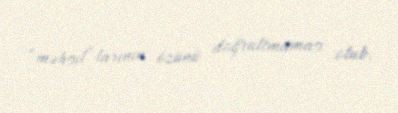
“məhsul”larının özünü doğrultmaması olub.